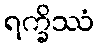
ရက္ခိဿံ